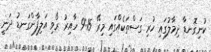
ކުނިގޮނޑާ ދިމާލުގައި ހުރި ގަސްތަކެއްގައި މިރޭ 9:15 ހާއިރު ރޯވި އަލިފާންގަނޑު ދަނީ